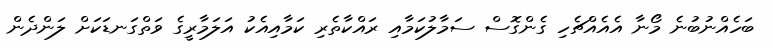
ބަހެއްނުބުނެ މޯނާ އެއެއްޗެހި ގެންގޮސް ސަމާލުކަމާއި ރައްކާތެރި ކަމާއިއެކު އަލަމާރީގެ ވަތްގަނޑަކަށް ލަންދެން